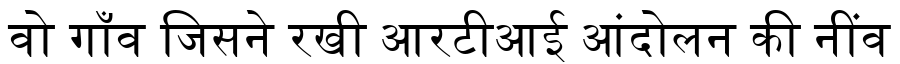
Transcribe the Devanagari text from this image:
वो गाँव जिसने रखी आरटीआई आंदोलन की नींव